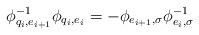
LaTeX: \begin{align*}\phi_{q_i,e_{i+1}}^{-1}\phi_{q_{i},e_i}=-\phi_{e_{i+1},\sigma}\phi_{e_i,\sigma}^{-1}\end{align*}